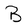
Character: B